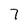
Character: 7